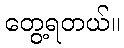
တွေ့ရတယ်။